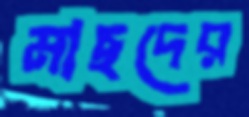
মাছদের